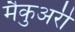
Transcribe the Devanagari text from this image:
मैकुअरी